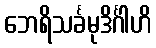
ဘေရိသင်္ခမုဒိင်္ဂါဟိ